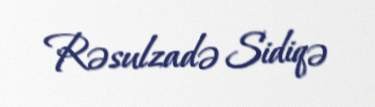
Rəsulzadə Sidiqə